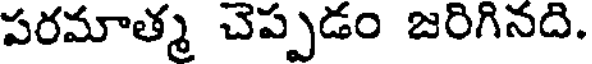
పరమాత్మ చెప్పడం జరిగినది.